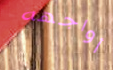
أواجهه